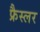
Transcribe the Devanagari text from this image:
फ्रैस्लर